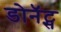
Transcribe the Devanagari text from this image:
डोनॅट्स